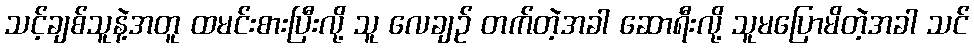
သင့်ချစ်သူနဲ့အတူ ထမင်းစားပြီးလို့ သူ လေချဉ် တက်တဲ့အခါ ဆောရီးလို့ သူမပြောမိတဲ့အခါ သင်